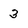
Character: 3